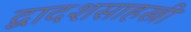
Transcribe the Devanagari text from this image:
द्वादशसाहस्त्री